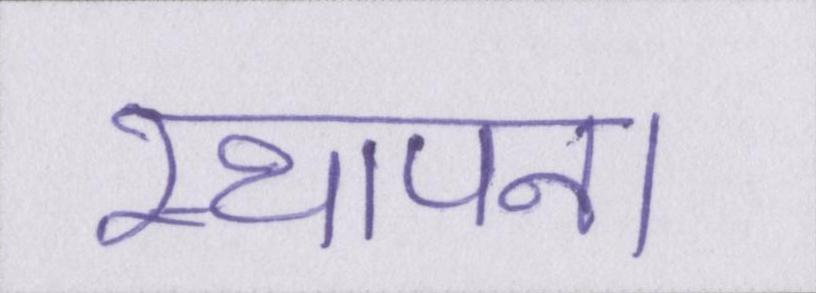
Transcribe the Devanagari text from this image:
स्थापना